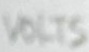
Text: VOLTS